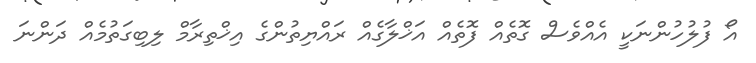
އޯ ފުލުހުންނަކީ އެއްވެސް ގޮތެއް ފޮތެއް އަޚްލާގެއް ރައްޔިތުންގެ އިޚްތިރާމް ލިބިގަތުމެއް ދަންނަ